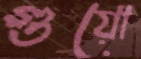
গুয়ো